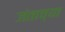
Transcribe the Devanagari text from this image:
जंताच्या